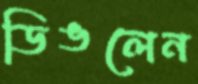
ডিঙলেন